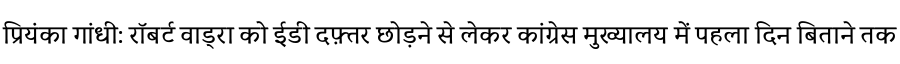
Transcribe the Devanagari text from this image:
प्रियंका गांधी: रॉबर्ट वाड्रा को ईडी दफ़्तर छोड़ने से लेकर कांग्रेस मुख्यालय में पहला दिन बिताने तक